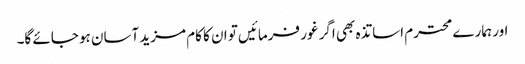
اور ہمارے محترم اساتذہ بھی اگر غور فرمائیں تو ان کا کام مزید آسان ہو جائے گا۔